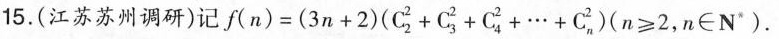
15.(江苏苏州调研)记$$f ( n ) = ( 3 n + 2 ) ( C _ { 2 } ^ { 2 } + C _ { 3 } ^ { 2 } + C _ { 4 } ^ { 2 } +… + C _ { n } ^ { 2 }$$)($$n ≥ 2$$, n\in N^{*}).